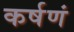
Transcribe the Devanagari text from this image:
कर्षणं